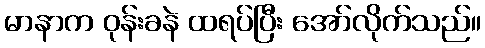
မာနာက ဝုန်းခနဲ ထရပ်ပြီး အော်လိုက်သည်။